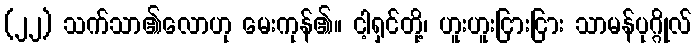
(၂၂) သက်သာ၏လောဟု မေးကုန်၏။ ငါ့ရှင်တို့၊ ဟူးဟူးငြားငြား သာမန်ပုဂ္ဂိုလ်